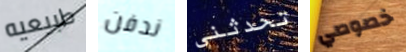
طبيعيه ندفن تحدثني خصوصي